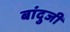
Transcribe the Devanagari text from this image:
बांदुजी